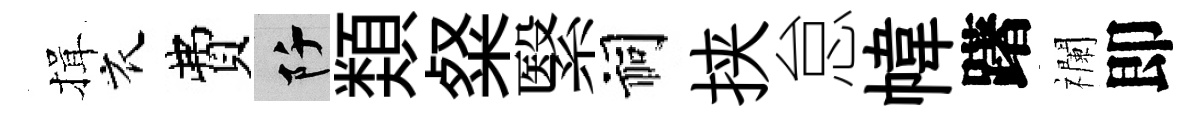
揖衣費阡𩔖粲繄祠挟怠幃躇襴即